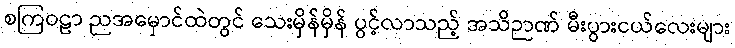
စကြဝဠာ ညအမှောင်ထဲတွင် သေးမှိန်မှိန် ပွင့်လာသည့် အသိဉာဏ် မီးပွားငယ်လေးများ